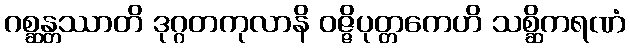
ဂစ္ဆန္တဿာတိ ဒုဂ္ဂတကုလာနိ ဝဇ္ဇိပုတ္တကေဟိ သစ္ဆိကရဏံ